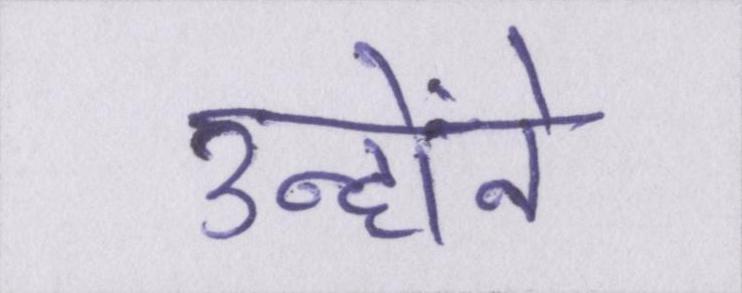
उन्होंने